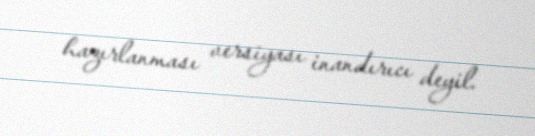
hazırlanması versiyası inandırıcı deyil.